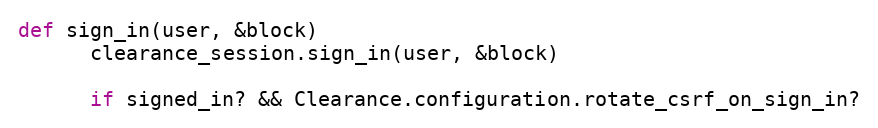
Language: Ruby
def sign_in(user, &block)
      clearance_session.sign_in(user, &block)

      if signed_in? && Clearance.configuration.rotate_csrf_on_sign_in?